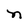
Character: n